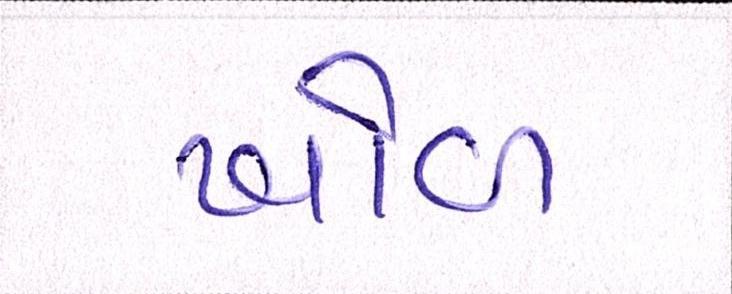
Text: ખોળ